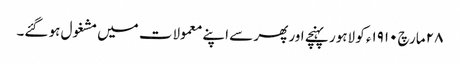
٢٨ مارچ ١٩١٠ء کو لاہور پہنچے اور پھر سے اپنے معمولات میں مشغول ہو گئے۔